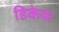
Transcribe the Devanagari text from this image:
डिकेफ